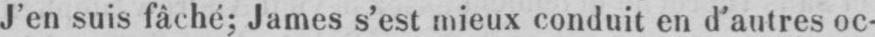
J’en suis fâché; James s’est mieux conduit en d’autres oc-